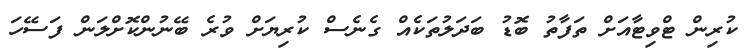
ކުރިން ޓްވިޓާއަށް ތަފާތު ބޮޑު ބަދަލުތަކެއް ގެނެސް ކުރިޔަށް ވުރެ ބޭނުންކޮށްލަން ފަސޭހަ